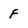
Character: F